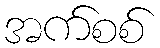
အက်စစ်